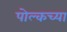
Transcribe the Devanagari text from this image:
पोल्कच्या